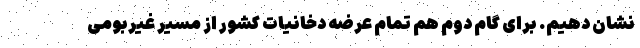
نشان دهیم. برای گام دوم هم تمام عرضه دخانیات کشور از مسیر غیربومی